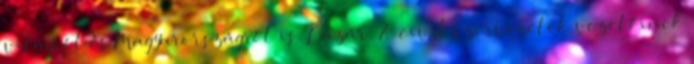
világról és Magyarországról is. Lázár: A civil szervezetek vezetőinek